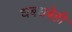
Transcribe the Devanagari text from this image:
धबधबेही